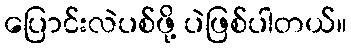
ပြောင်းလဲပစ်ဖို့ ပဲဖြစ်ပါတယ်။